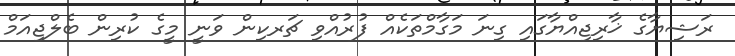
ރަޝިޔާގެ ޚާރިޖިއްޔާގައި ގިނަ މަގާމްތަކެއް ފުރުއްވި ޗަރކިން ވަނީ މީގެ ކުރިން ބެލްޖިއަމް